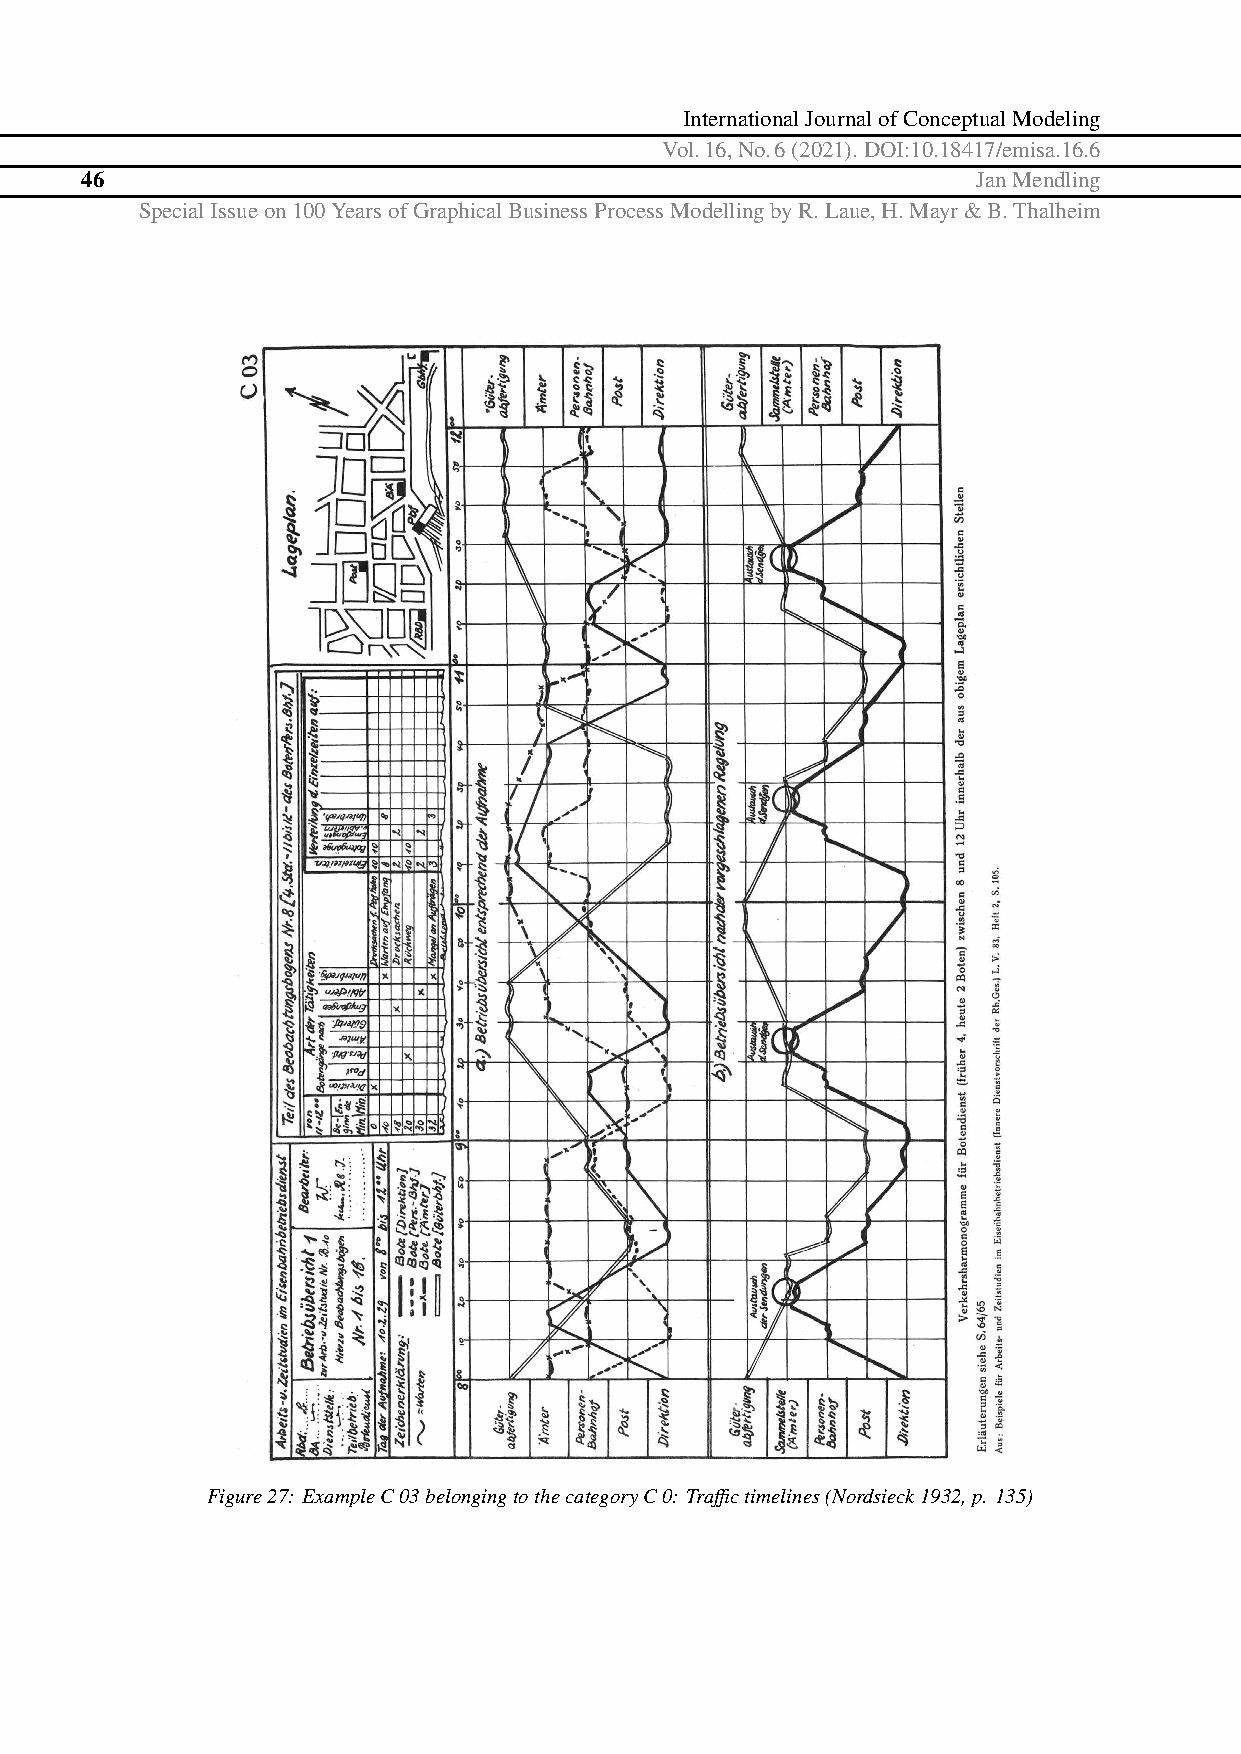
InternationalJournalofConceptualModeling
 Vol.16,No.6(2021).DOI:10.18417/emisa.16.6
 46                                                          JanMendling
 SpecialIssueon100YearsofGraphicalBusinessProcessModellingbyR.Laue,H.Mayr&B.Thalheim
 Figure27: ExampleC03belongingtothecategoryC0: Traffictimelines(Nordsieck1932,p. 135)